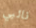
نائبي